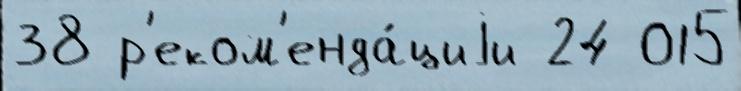
38 р'еком'енда́циjи 24 015